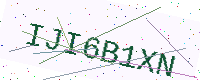
Text: IJI6B1XN